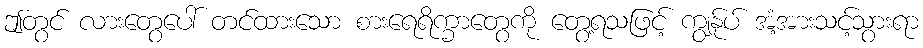
ဤတွင် လားတွေပေါ် တင်ထားသော စားရေရိက္ခာတွေကို တွေ့ရသဖြင့် ကျွန်ုပ် အံ့အားသင့်သွားရာ